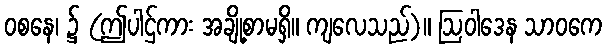
ဝစနေ၊ ၌ (ဤပါဌ်ကား အချို့စာမရှိ။ ကျလေသည်)။ ဩဝါဒေန သာဝကေ